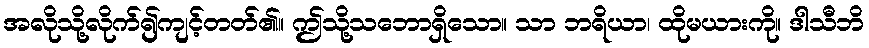
အလိုသို့လိုက်၍ကျင့်တတ်၏။ ဤသို့သဘောရှိသော။ သာ ဘရိယာ၊ ထိုမယားကို။ ဒါသီဘိ